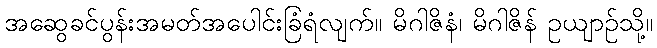
အဆွေခင်ပွန်းအမတ်အပေါင်းခြံရံလျက်။ မိဂါဇိနံ၊ မိဂါဇိန် ဥယျာဉ်သို့။